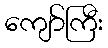
ကျော်ကြီး